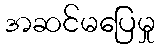
အဆင်မပြေမှု